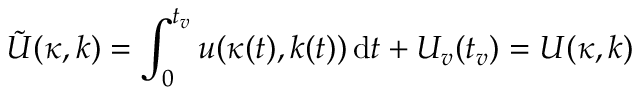
\tilde { U } ( \kappa , k ) = \int _ { 0 } ^ { t _ { v } } u ( \kappa ( t ) , k ( t ) ) \, \mathrm { d } t + U _ { v } ( t _ { v } ) = U ( \kappa , k )